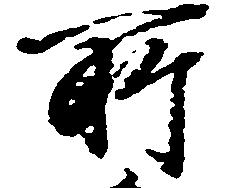
所